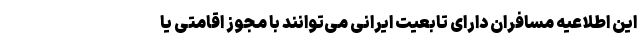
این اطلاعیه مسافران دارای تابعیت ایرانی می‌توانند با مجوز اقامتی یا